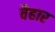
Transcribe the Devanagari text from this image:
वैहार